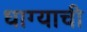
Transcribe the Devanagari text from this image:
धाग्याची